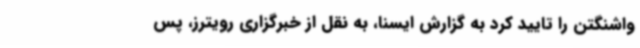
واشنگتن را تایید کرد به گزارش ایسنا، به نقل از خبرگزاری رویترز، پس